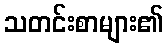
သတင်းစာများ၏